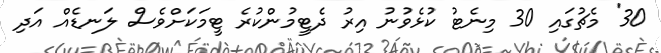
30' މެޗުގައި 30 މިނެޓު ކުޅެވުނު އިރު ދެޓީމުންކުރެ ޓީމަކަށްވެސް ލަނޑެއް އަދި